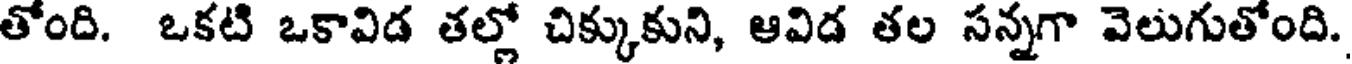
తోంది. ఒకటి ఒకావిడ తల్లో చిక్కుకుని, ఆవిడ తల సన్నగా వెలుగుతోంది.